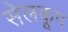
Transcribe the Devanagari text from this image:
सेलकूप